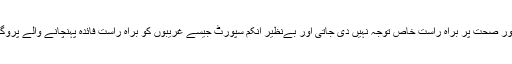
یہی وجہ ہے کہ مسلم لیگ(ن) کے دور میں تعلیم اور صحت پر براہِ راست خاص توجہ نہیں دی جاتی اور بےنظیر انکم سپورٹ جیسے غریبوں کو براہِ راست فائدہ پہنچانے والے پروگرام بھی بس بادلِ نخواستہ برداشت کئے جاتے ہیں۔